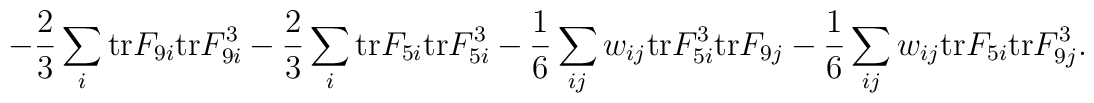
-{2 \over 3} \sum_i {\rm tr} F_{9i} {\rm tr} F_{9i}^3-{2 \over 3} \sum_i {\rm tr} F_{5i} {\rm tr} F_{5i}^3 -{1 \over 6}\sum_{ij} w_{ij} {\rm tr} F_{5i}^3 {\rm tr} F_{9j}  -{1 \over 6}\sum_{ij} w_{ij} {\rm tr} F_{5i} {\rm tr} F_{9j}^3.